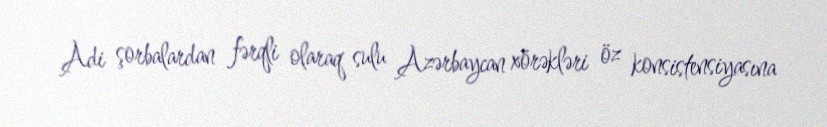
Adi şorbalardan fərqli olaraq sulu Azərbaycan xörəkləri öz konsistensiyasına